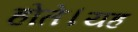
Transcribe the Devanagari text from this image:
होते।यह